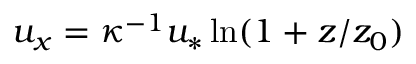
u _ { x } = \kappa ^ { - 1 } u _ { \ast } \ln ( 1 + z / z _ { 0 } )